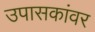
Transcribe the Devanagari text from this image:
उपासकांवर